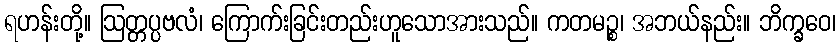
ရဟန်းတို့။ ဩတ္တပ္ပဗလံ၊ ကြောက်းခြင်းတည်းဟူသောအားသည်။ ကတမဉ္စ၊ အဘယ်နည်း။ ဘိက္ခဝေ၊